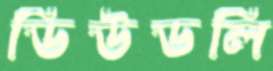
ডিউডলি